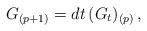
LaTeX: \begin{align*}G_{(p+1)}= dt\, (G_t)_{(p)} \, ,\end{align*}